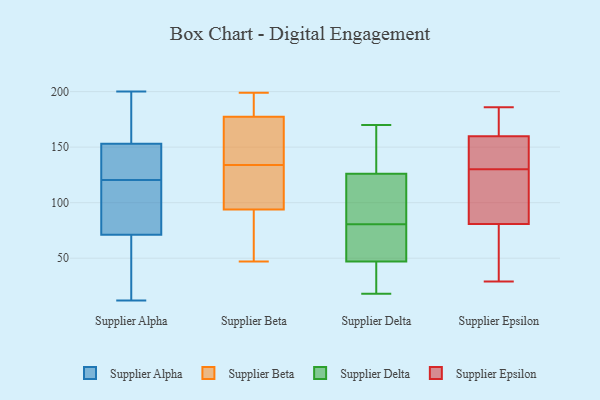
{"axis": {"x": "Operating Costs (USD K)", "y": "Value"}, "legend": ["Supplier Alpha", "Supplier Beta", "Supplier Delta", "Supplier Epsilon"], "data": [{"x": "", "y": 112, "type": "Supplier Alpha"}, {"x": "", "y": 71, "type": "Supplier Alpha"}, {"x": "", "y": 200, "type": "Supplier Alpha"}, {"x": "", "y": 129, "type": "Supplier Alpha"}, {"x": "", "y": 12, "type": "Supplier Alpha"}, {"x": "", "y": 148, "type": "Supplier Alpha"}, {"x": "", "y": 157, "type": "Supplier Alpha"}, {"x": "", "y": 153, "type": "Supplier Alpha"}, {"x": "", "y": 26, "type": "Supplier Alpha"}, {"x": "", "y": 94, "type": "Supplier Alpha"}, {"x": "", "y": 185, "type": "Supplier Beta"}, {"x": "", "y": 198, "type": "Supplier Beta"}, {"x": "", "y": 187, "type": "Supplier Beta"}, {"x": "", "y": 138, "type": "Supplier Beta"}, {"x": "", "y": 54, "type": "Supplier Beta"}, {"x": "", "y": 99, "type": "Supplier Beta"}, {"x": "", "y": 108, "type": "Supplier Beta"}, {"x": "", "y": 105, "type": "Supplier Beta"}, {"x": "", "y": 154, "type": "Supplier Beta"}, {"x": "", "y": 199, "type": "Supplier Beta"}, {"x": "", "y": 92, "type": "Supplier Beta"}, {"x": "", "y": 54, "type": "Supplier Beta"}, {"x": "", "y": 134, "type": "Supplier Beta"}, {"x": "", "y": 47, "type": "Supplier Beta"}, {"x": "", "y": 135, "type": "Supplier Beta"}, {"x": "", "y": 170, "type": "Supplier Delta"}, {"x": "", "y": 66, "type": "Supplier Delta"}, {"x": "", "y": 45, "type": "Supplier Delta"}, {"x": "", "y": 18, "type": "Supplier Delta"}, {"x": "", "y": 73, "type": "Supplier Delta"}, {"x": "", "y": 65, "type": "Supplier Delta"}, {"x": "", "y": 88, "type": "Supplier Delta"}, {"x": "", "y": 89, "type": "Supplier Delta"}, {"x": "", "y": 147, "type": "Supplier Delta"}, {"x": "", "y": 162, "type": "Supplier Delta"}, {"x": "", "y": 105, "type": "Supplier Delta"}, {"x": "", "y": 28, "type": "Supplier Delta"}, {"x": "", "y": 37, "type": "Supplier Delta"}, {"x": "", "y": 49, "type": "Supplier Delta"}, {"x": "", "y": 132, "type": "Supplier Delta"}, {"x": "", "y": 120, "type": "Supplier Delta"}, {"x": "", "y": 101, "type": "Supplier Epsilon"}, {"x": "", "y": 144, "type": "Supplier Epsilon"}, {"x": "", "y": 129, "type": "Supplier Epsilon"}, {"x": "", "y": 92, "type": "Supplier Epsilon"}, {"x": "", "y": 130, "type": "Supplier Epsilon"}, {"x": "", "y": 32, "type": "Supplier Epsilon"}, {"x": "", "y": 50, "type": "Supplier Epsilon"}, {"x": "", "y": 170, "type": "Supplier Epsilon"}, {"x": "", "y": 186, "type": "Supplier Epsilon"}, {"x": "", "y": 185, "type": "Supplier Epsilon"}, {"x": "", "y": 96, "type": "Supplier Epsilon"}, {"x": "", "y": 165, "type": "Supplier Epsilon"}, {"x": "", "y": 133, "type": "Supplier Epsilon"}, {"x": "", "y": 142, "type": "Supplier Epsilon"}, {"x": "", "y": 77, "type": "Supplier Epsilon"}, {"x": "", "y": 48, "type": "Supplier Epsilon"}, {"x": "", "y": 160, "type": "Supplier Epsilon"}, {"x": "", "y": 159, "type": "Supplier Epsilon"}, {"x": "", "y": 29, "type": "Supplier Epsilon"}]}